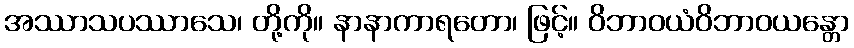
အဿာသပဿာသေ၊ တို့ကို။ နာနာကာရတော၊ ဖြင့်။ ဝိဘာဝယံဝိဘာဝယန္တော